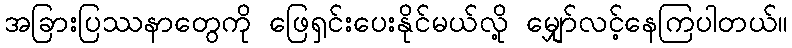
အခြားပြဿနာတွေကို ဖြေရှင်းပေးနိုင်မယ်လို့ မျှော်လင့်နေကြပါတယ်။